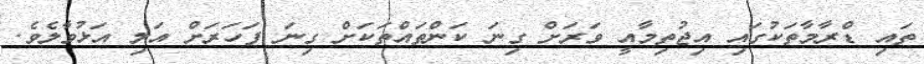
ތައި ޑްރާމާތަކުގައި އިޖުތިމާއީ ވަރަށް ގިނަ ކަންތައްތަކަށް ގިނަ ފަހަަރަށް އަލި އަޅުވާލެވެ.